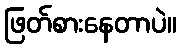
ဖြတ်စားနေတာပဲ။